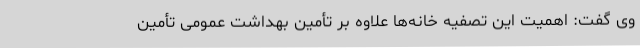
وی گفت: اهمیت این تصفیه خانه‌ها علاوه بر تأمین بهداشت عمومی تأمین